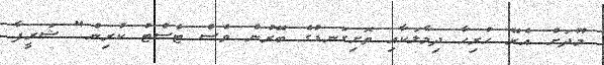
މޫދަށް އެރޭ ހުރިހާ ދިމާލަކާއި ތޮށިިގަނޑުގެ ބޭރުން ވެސް ޓެސްޓު ކުރިން" ޝަރީފާ